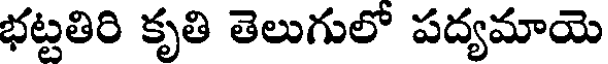
భట్టతిరి కృతి తెలుగులో పద్యమాయె